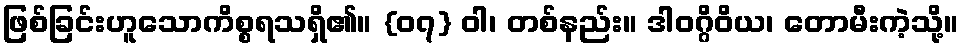
ဖြစ်ခြင်းဟူသောကိစ္စရသရှိ၏။ {၀၇} ဝါ၊ တစ်နည်း။ ဒါဝဂ္ဂိဝိယ၊ တောမီးကဲ့သို့။